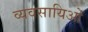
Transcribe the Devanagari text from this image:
व्यवसायिओं